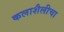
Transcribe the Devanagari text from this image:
कलाशैलीचा